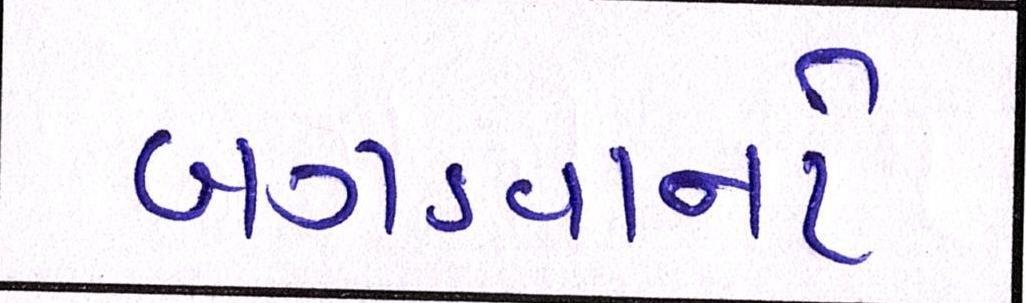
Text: બગડવાનો